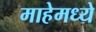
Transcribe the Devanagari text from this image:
माहेमध्ये